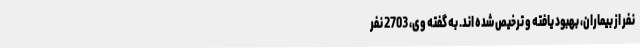
نفر از بیماران، بهبود یافته و ترخیص شده اند. به گفته وی، 2703 نفر